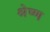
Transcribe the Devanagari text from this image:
श्रेष्‍ण